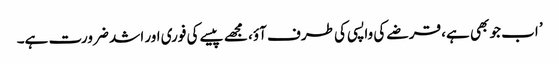
’ اب جو بھی ہے، قرضے کی واپسی کی طرف آؤ، مجھے پیسے کی فوری اور اشد ضرورت ہے۔